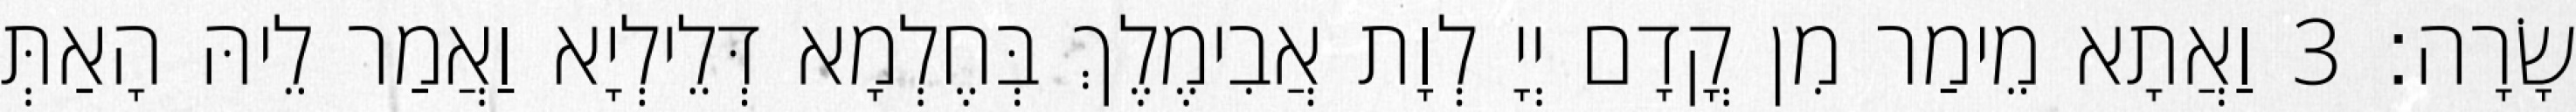
שָׂרָה׃ 3 וַאֲתָא מֵימַר מִן קֳדָם יְיָ לְוָת אֲבִימֶלֶךְ בְּחֶלְמָא דְּלֵילְיָא וַאֲמַר לֵיהּ הָאַתְּ